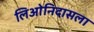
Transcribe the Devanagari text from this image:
लिओनिदासला